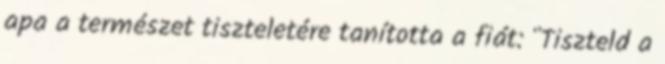
apa a természet tiszteletére tanította a fiát: "Tiszteld a